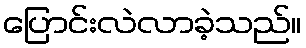
ပြောင်းလဲလာခဲ့သည်။